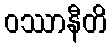
ဝဿာနီတိ